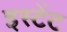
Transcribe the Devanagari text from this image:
इस्टेंट